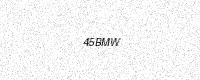
Text: 45BMW